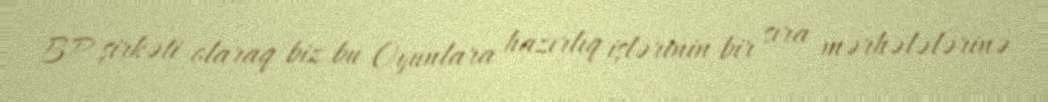
BP şirkəti olaraq biz bu Oyunlara hazırlıq işlərinin bir sıra mərhələlərinə